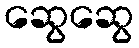
ဆွေဆွေ